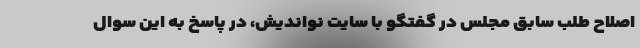
اصلاح طلب سابق مجلس در گفتگو با سایت نواندیش، در پاسخ به این سوال